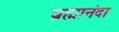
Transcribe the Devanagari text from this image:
ब्रह्मानंदा